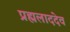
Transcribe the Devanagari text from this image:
प्रह्मलाददेव